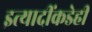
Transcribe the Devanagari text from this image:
इत्यादींकडेही